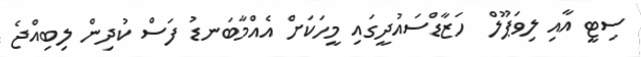
ސިޓީ އާއި ލިވަޕޫލް  ހަޒާޑްސައުދީގައި މީހަކަށް އެއްމާބަނޑު ފަސް ކުދިން ލިބިއްޖެ